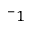
^ - 1